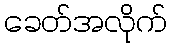
ခေတ်အလိုက်